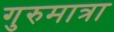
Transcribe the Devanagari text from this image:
गुरुमात्रा